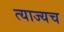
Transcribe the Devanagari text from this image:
त्याज्यच